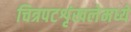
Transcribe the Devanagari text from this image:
चित्रपटशृंखलेमध्ये